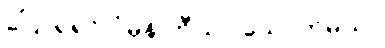
ပြောရရင် ပုံမှန် ဘီယာ သောက်မယ်။